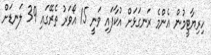
ހިރިޔާޓީމުން އެންމެ ރަނގަޅަށް އުކާފައި ވަނީ 15 އޯވަރު ތެރޭގައި 39 ލަނޑަށް